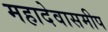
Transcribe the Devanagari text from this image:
महादेवासमीप